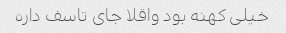
خیلی کهنه بود واقلا جای تاسف داره